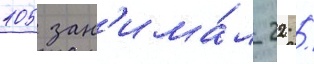
105 зан'има́л 22 /